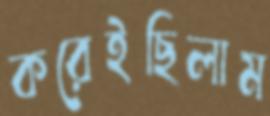
করেইছিলাম